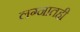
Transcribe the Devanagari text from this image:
लग्नातही